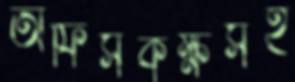
অফিসকক্ষসহ